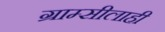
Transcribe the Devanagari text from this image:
ग्राम्सीलाही